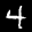
Label: 4